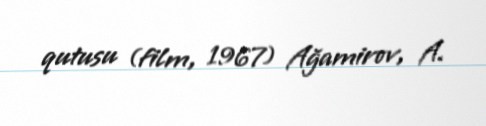
qutusu (film, 1967) Ağamirov, A.